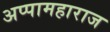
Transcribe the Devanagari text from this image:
अप्पामहाराज